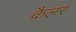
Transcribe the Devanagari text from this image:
कैलर